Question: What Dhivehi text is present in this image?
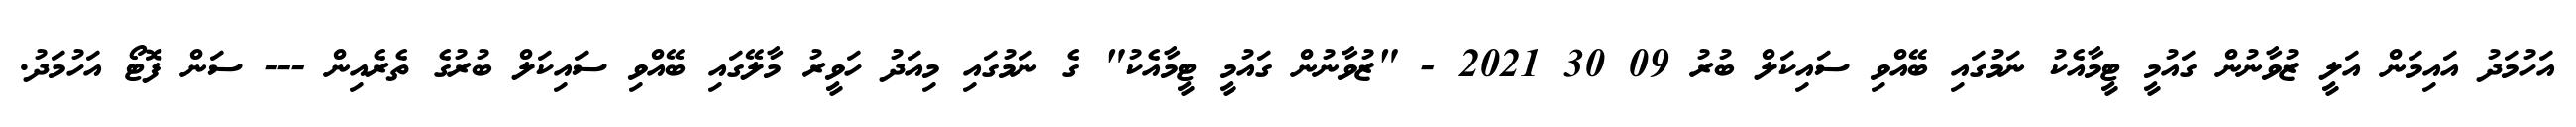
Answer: އަހުމަދު އައިމަން އަލީ ޒުވާނުން ގައުމީ ޓީމާއެކު ނަމުގައި ބޭއްވި ސައިކަލް ބުރު 09 30 2021 - "ޒުވާނުން ގައުމީ ޓީމާއެކު" ގެ ނަމުގައި މިއަދު ހަވީރު މާލޭގައި ބޭއްވި ސައިކަލް ބުރުގެ ތެރެއިން --- ސަން ފޮޓޯ އަހުމަދު.